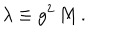
LaTeX: \lambda \equiv g ^ { 2 } \, M \, .